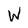
Character: W